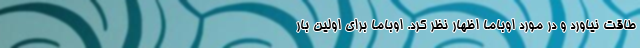
طاقت نیاورد و در مورد اوباما اظهار نظر کرد. اوباما برای اولین بار